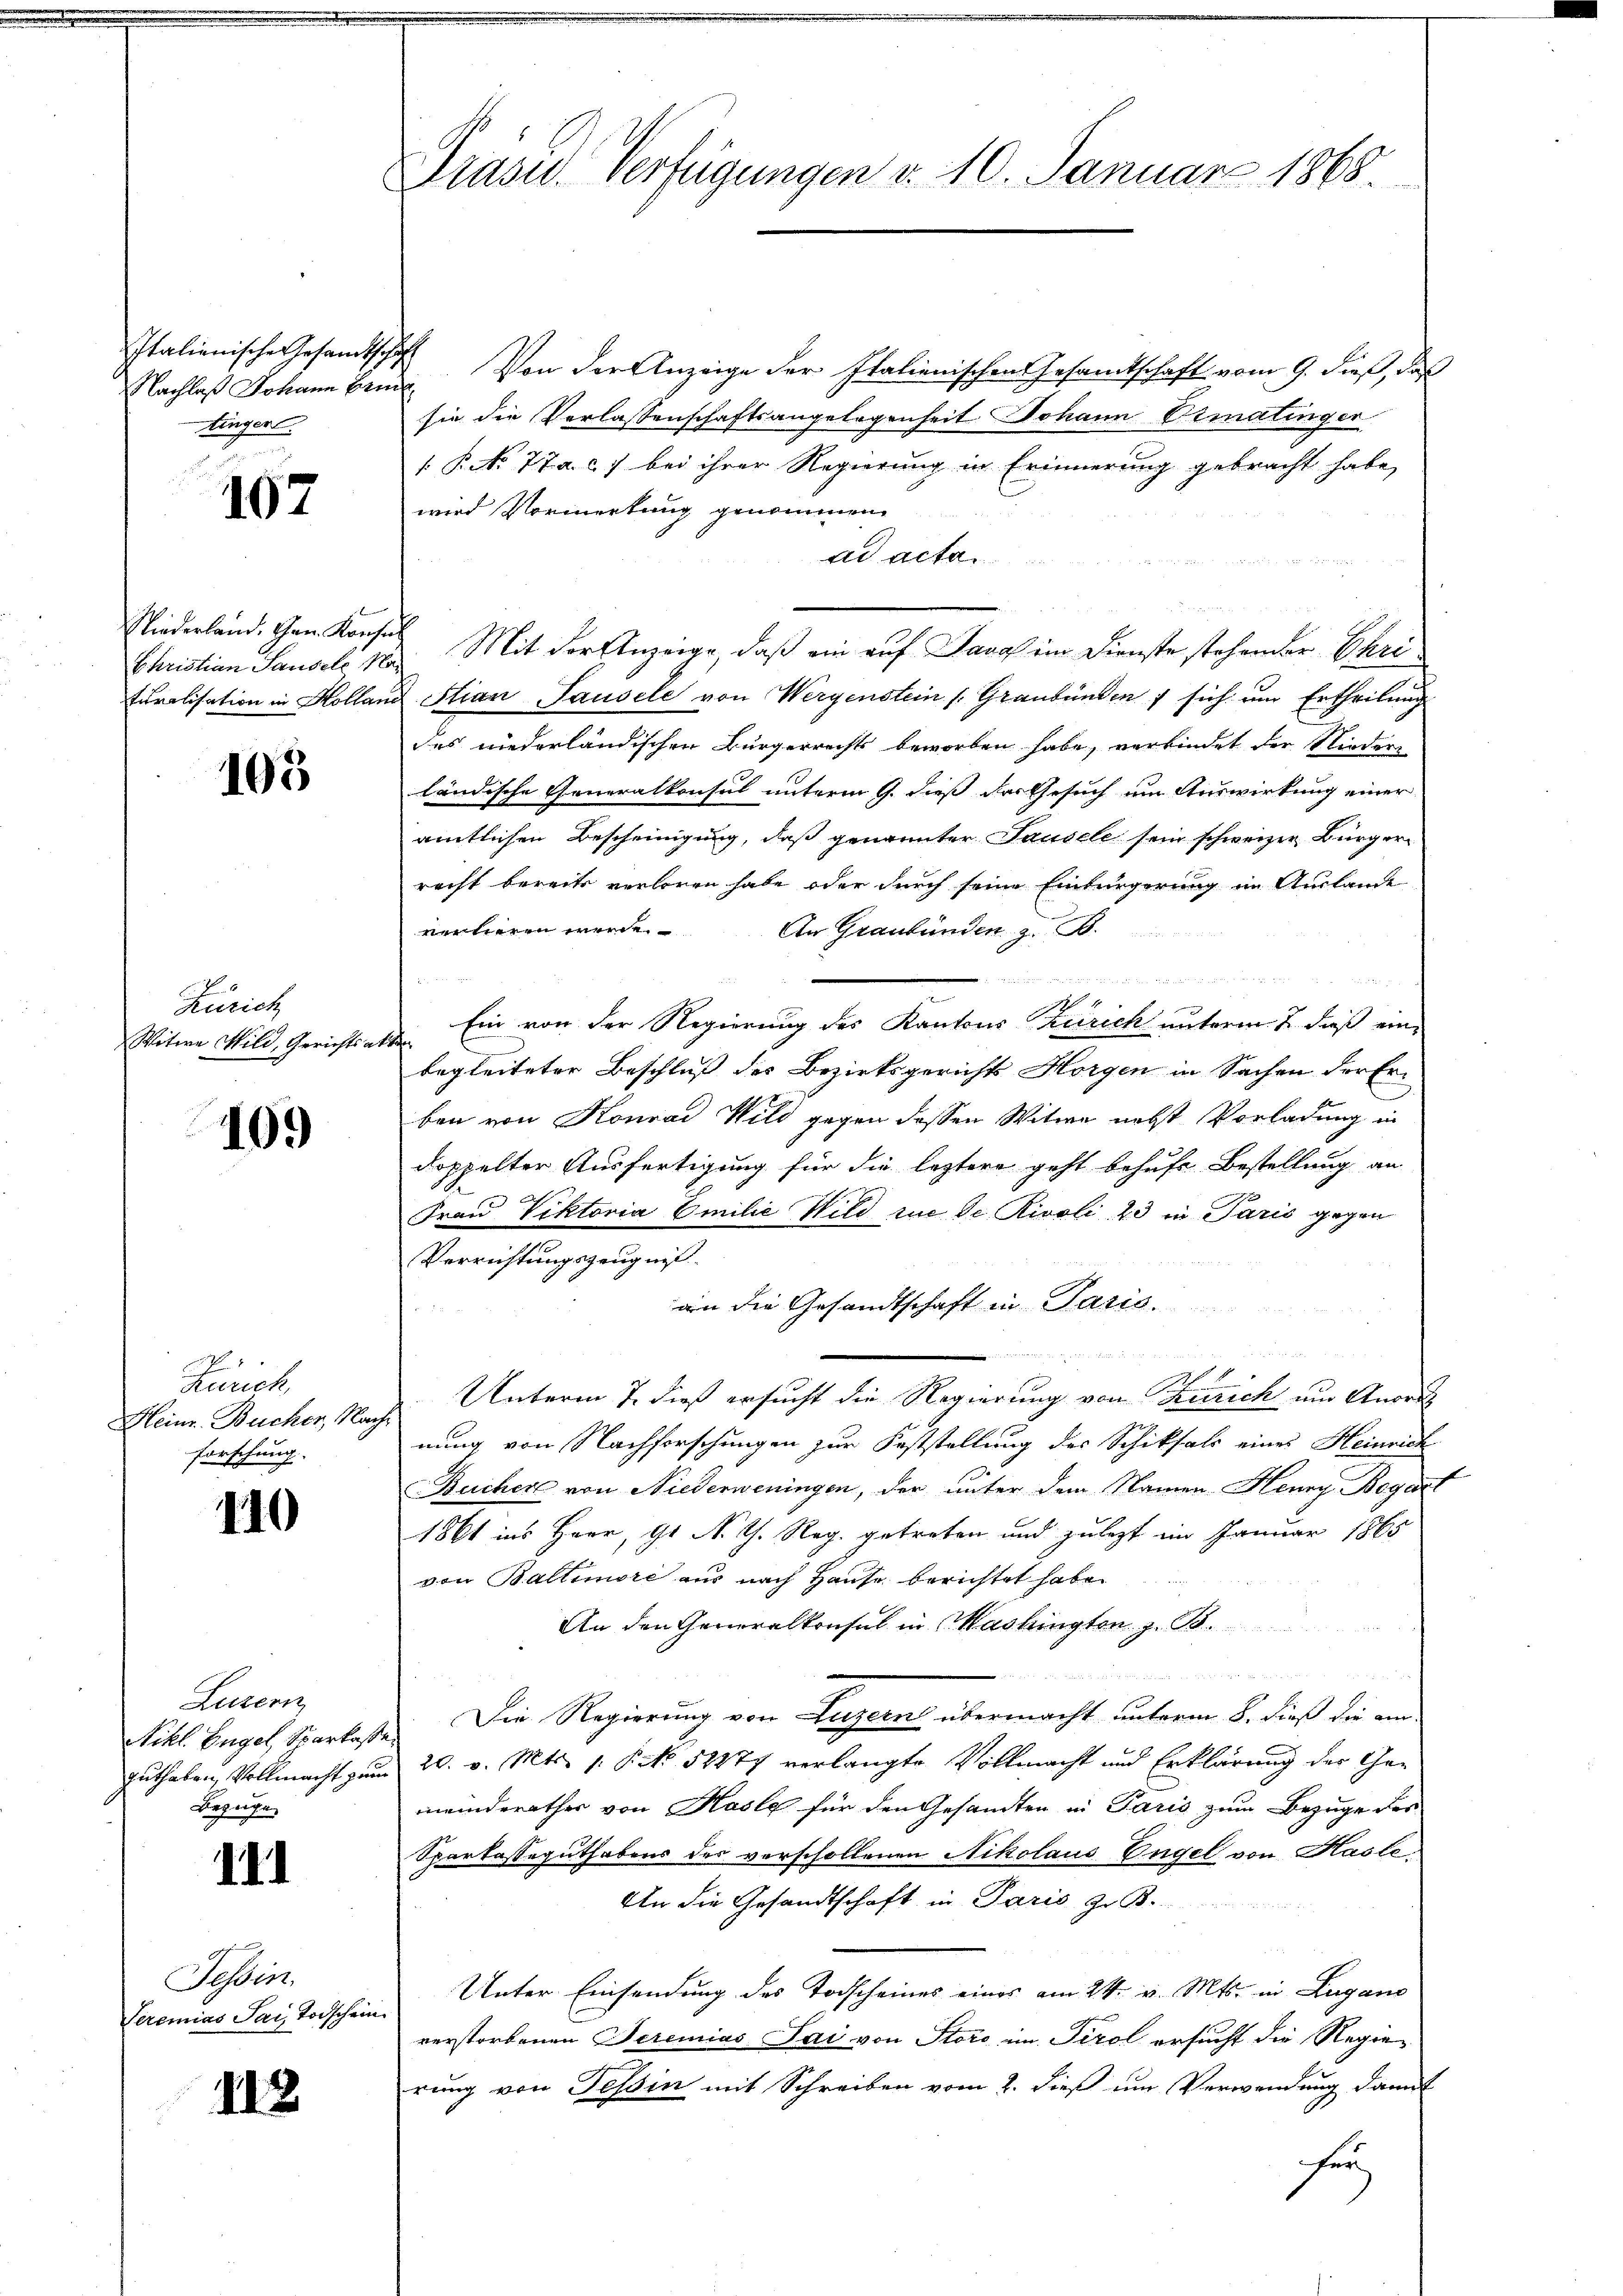
Nachlaß Johann Erne
tinger.

107

Niederland. Gan Konsul

105

Zürich
Witwe Wild, Gerichtsakte

109

Zürich
Heinr. Bucher, Nachforschung.

110

Luzern
Bezuge

111

Tessin.
Seremias Sai Todschein.

112.

Italienische Gesamtsche Von der Anzeige der Italienischen Gesamtschaft vom 9. dieß, daß
sie die Verlassenschaftsangelegenheit Johann Ermatinger
 P. No 77a. c. 7 bei ihrer Regierung in Erinnerung gebracht habe,
wird Vormerkung genommen.
ad acta
Christian Pauseli 13. Mit der Anzeige, daß ein auf Java im Dienste stehender Ehrituralisation in Kolland Stian Tausele von Wergenstein (Graubünden sich um Ertheilung
des niederländischen Bürgerrechts beworben habe, verbindet der Niederländische Generalkonsul unterm 9. dieß das Gesuch um Auswirkung einer
amtlichen Bescheinigung, daß genannter Tausele sein schweizer Bürgerracht bereits verloren habe oder durch seine Einfürgerung im Auslande
ventieren werde.
An Graubünden z. B.

 8
24
Ein von der Regierung des Kantons Zürich unterm 2. daß ein
begleiteter Beschluß des Bezirksgerichts Horgen in Sachen der Er-
ben von Konrad Wild gegen dessen Witwe nebst Vorladung in
doppelter Ausfertigung für die leztere geht behufs Bestellung an
Frau Viktoria Emilie Wild zu Se. Rivoli 23 in Paris gegen
Verrichtungszeugnis
2   se
an die Gesandtschaft in Paris.

21.
Unterm 7. dieß ersucht die Regierung von Zürich um Anord
nung von Nachforschungen zur Feststellung des Schiksals eines Heinrich
Büchere von Niederweningen, der unter dem Namen Henry Begart
1861 ins Herr, Gs N. Th. Reg. getreten und zulezt im Januar 1865
von Baltimore aus nach Hause berichtet habe.
An den Generalkonsul in Washingten z. B.
u
Stikl. Engel Sparkasse. Die Regierung von Luzern übermacht unterm 8. dieß die am
Guthaben, Vollmacht zum 20. v. Mts. 1. P. No 52877 verlangte Vollmacht und Erklärung der Gemeinderathes von Hasle für den Gesandten in Paris zum Bezuge des
Sparkasseguthabens der verschollenen Nikolaus Engel von Hasle,
An die Gesandtschaft in Paris z. B.
Unter Einsendung des Todscheines eines am 24. v. Mts. in Lugano
verstorbenen Seremias Sai von Store im Tirol ersucht die Regierung von Tessin mit Schreiben vom 2. dieß um Verwendung damit
fer

Präsid. Verfügungen v. 10. Januar 1868.